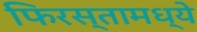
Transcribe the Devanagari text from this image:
फिरस्तामध्ये